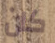
كان